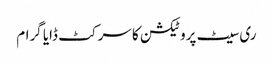
ری سیٹ پروٹیکشن کا سرکٹ ڈایا گرام